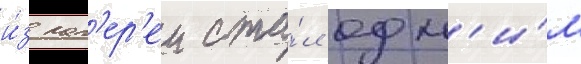
и́з лаг'ер'еи ста́л одн'и́м